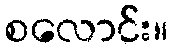
စလောင်း။